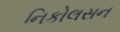
નિકોલસન